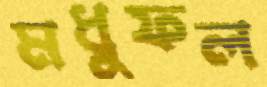
মধুফল